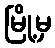
မြို့မှ